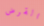
القرض